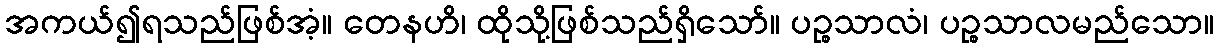
အကယ်၍ရသည်ဖြစ်အံ့။ တေနဟိ၊ ထိုသို့ဖြစ်သည်ရှိသော်။ ပဉ္စသာလံ၊ ပဉ္စသာလမည်သော။